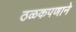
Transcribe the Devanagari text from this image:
ठळकपणाने